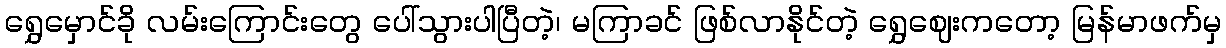
ရွှေမှောင်ခို လမ်းကြောင်းတွေ ပေါ်သွားပါပြီတဲ့၊ မကြာခင် ဖြစ်လာနိုင်တဲ့ ရွှေဈေးကတော့ မြန်မာဖက်မှ